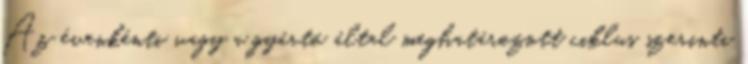
Az évenkénti vagy a gyártó által meghatározott ciklus szerinti